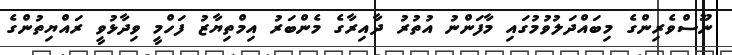
ނޫސްވެރިންގެ މިބައްދަލުވުމުގައި މާފަންނު އުތުރު ދާއިރާގެ މެންބަރު އިމްތިޔާޒު ފަހްމީ ވިދާޅުވީ ރައްޔިތުންގެ